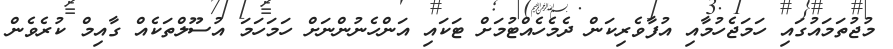
މުޖުތަމައުގައި ހަމަޖެހުމާއި އުފާވެރިކަން ދެމެހެއްޓުމަށް ޓަކައި އަންހެނުންނަށް ހަމަހަމަ އުސޫލްތަކެއް ގާއިމް ކުރެވެން